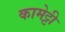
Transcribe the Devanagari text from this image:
कामेट्टी